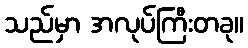
သည်မှာ အလုပ်ကြီးတခု။